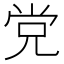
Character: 党